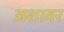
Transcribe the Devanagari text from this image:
अशावर